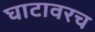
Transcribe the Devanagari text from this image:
घाटावरच